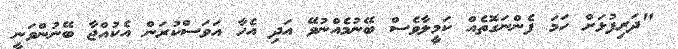
"ދަރިފުޅަށް ހަމަ ފެންނަގޮތެއް ކަމީލާވެސް ބޭނުމެއްނުވޭ އަދި އެހާ އަވަސްކުރަން އެކުއްޖާ ބޭނުންވަނީ